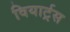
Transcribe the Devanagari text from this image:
वियार्ट्रस